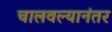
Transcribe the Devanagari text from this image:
चालवल्यानंतर